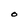
Character: O